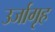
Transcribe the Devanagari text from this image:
उर्जागृह